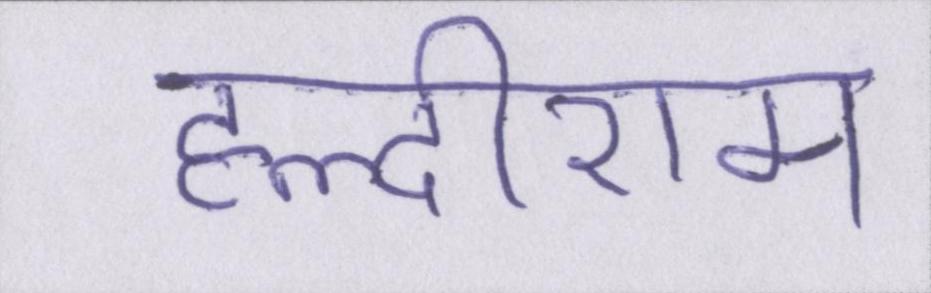
हल्दीराम